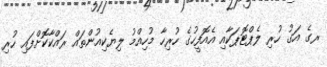
ރގެ އަގު ހުރި ލެޕްޓޮޕަކާއި އެއޮފީހުގެ ހުރިހާ މުހިއްމު ލިޔެކިއުންތައް ރައްކާކޮށްފައި ހުރި